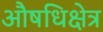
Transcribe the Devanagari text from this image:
औषधिक्षेत्र